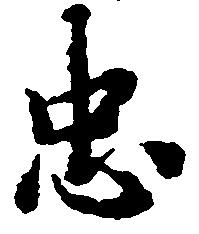
忠